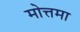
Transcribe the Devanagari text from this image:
मोत्तमा